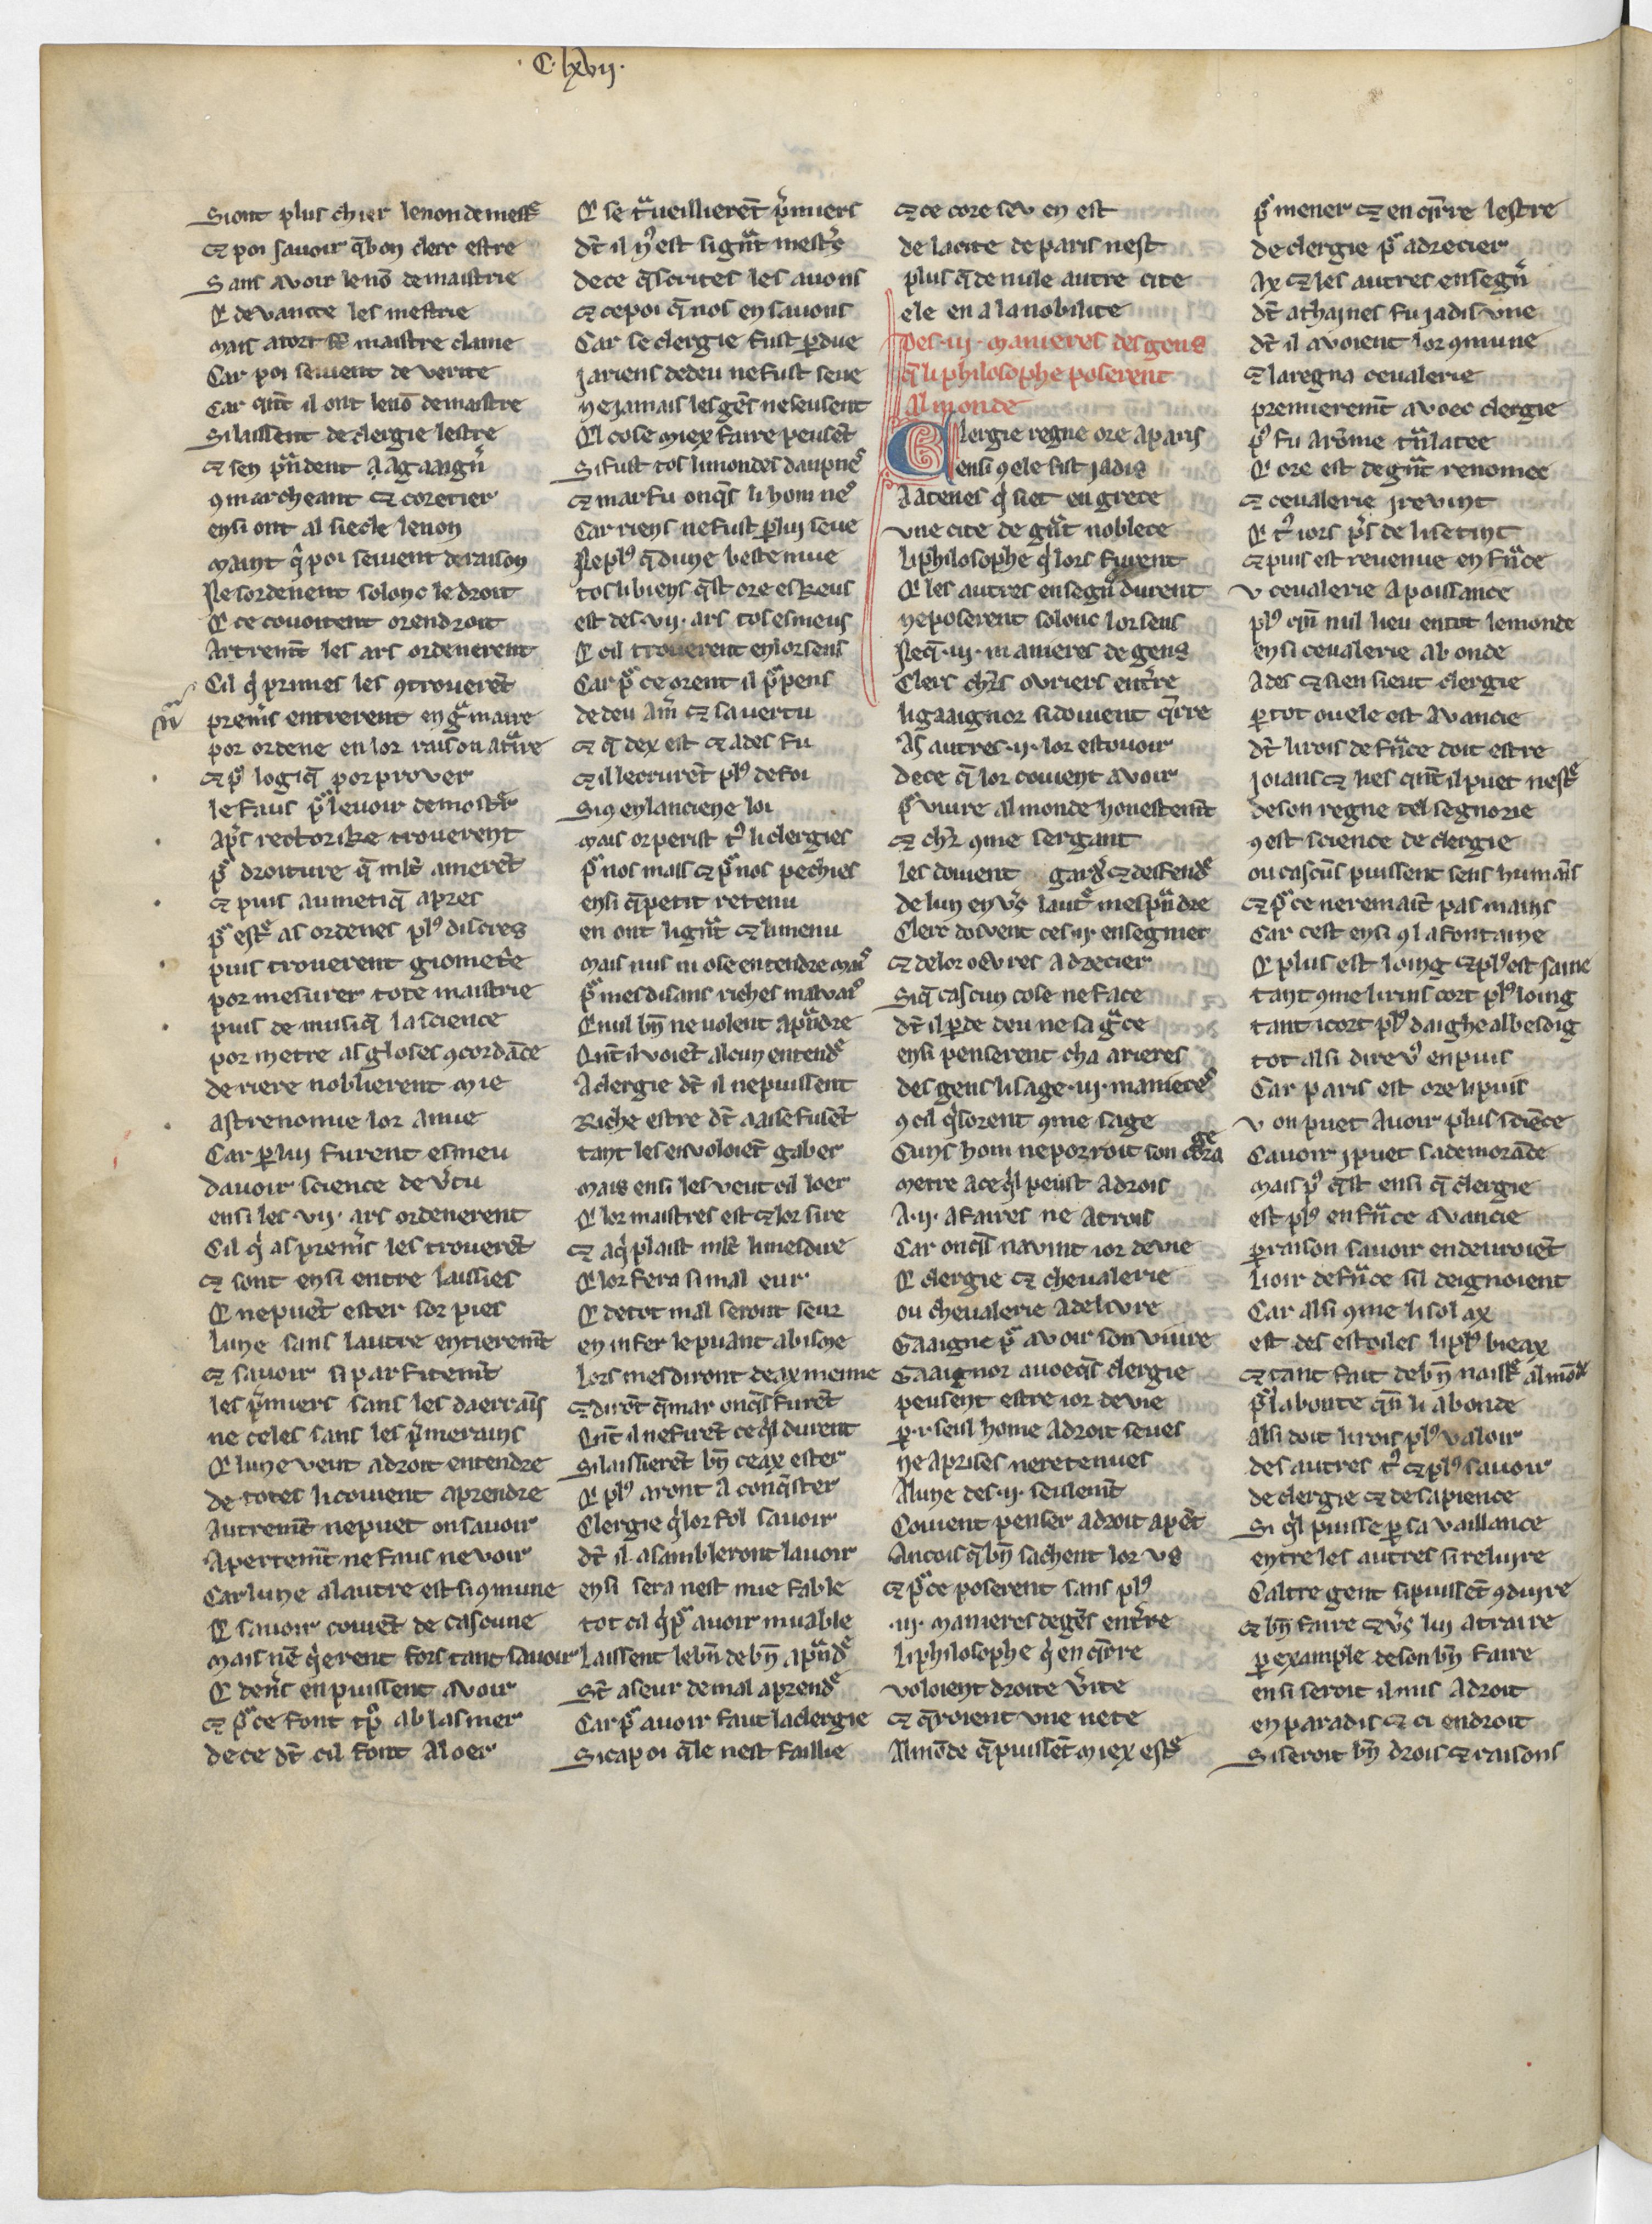
Shelfmark: Paris, BnF, Arsenal 3516
Century: 13